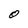
Character: O